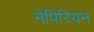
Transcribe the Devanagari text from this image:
नेपिरियन